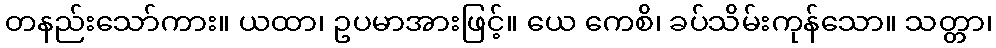
တနည်းသော်ကား။ ယထာ၊ ဥပမာအားဖြင့်။ ယေ ကေစိ၊ ခပ်သိမ်းကုန်သော။ သတ္တာ၊